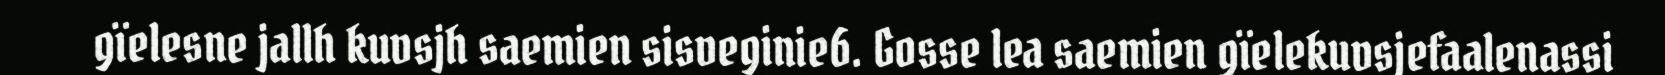
gïelesne jallh kuvsjh saemien sisveginie6. Gosse lea saemien gïelekuvsjefaalenassi